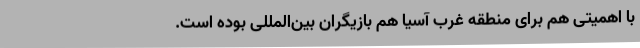
با اهمیتی هم برای منطقه غرب آسیا هم بازیگران بین‌المللی بوده است.